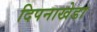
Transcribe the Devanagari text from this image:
दिपनाखेडा